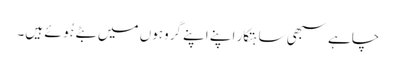
چاہے سبھی ساہتکار اپنے اپنے گروہوں میں بٹے ہُوئے ہیں۔